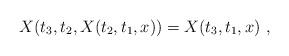
LaTeX: \begin{align*}X(t_3,t_2,X(t_2,t_1,x)) = X(t_3,t_1,x)\ ,\end{align*}